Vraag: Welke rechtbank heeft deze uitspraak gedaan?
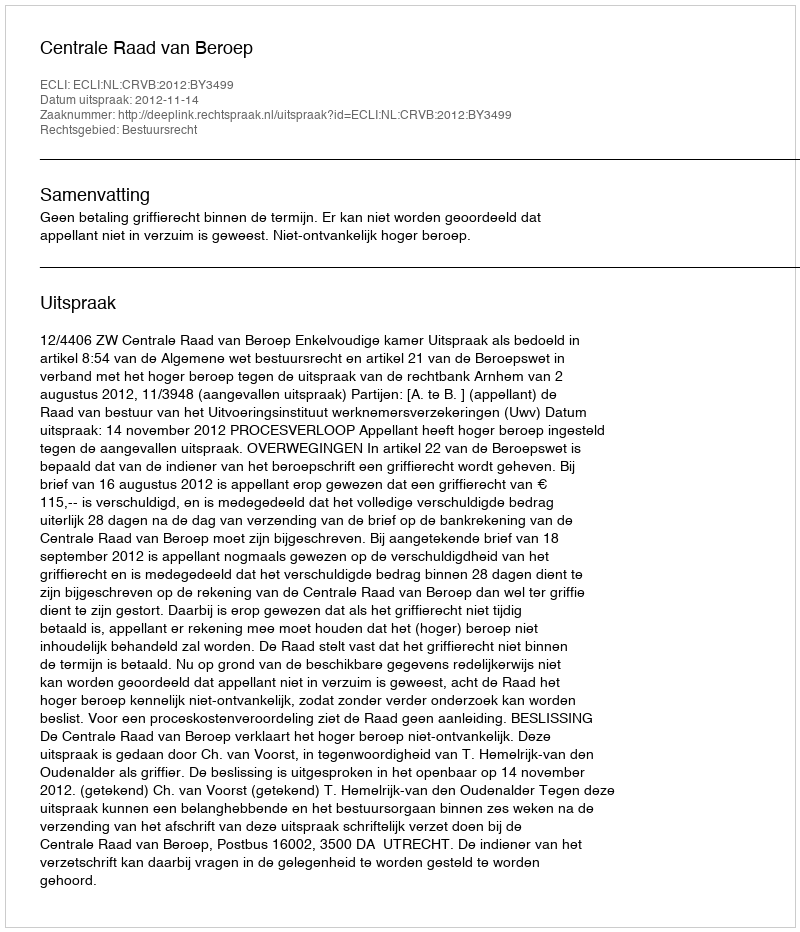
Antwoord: Centrale Raad van Beroep